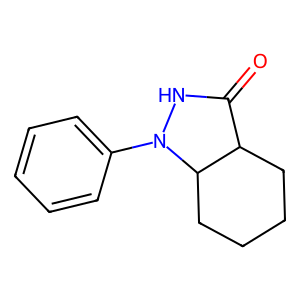
SMILES: O=C1NN(c2ccccc2)C2CCCCC12
Inhibits HIV replication: No